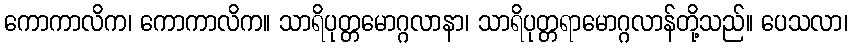
ကောကာလိက၊ ကောကာလိက။ သာရိပုတ္တမောဂ္ဂလာနာ၊ သာရိပုတ္တရာမောဂ္ဂလာန်တို့သည်။ ပေသလာ၊